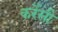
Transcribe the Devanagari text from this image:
कर्रेंसी